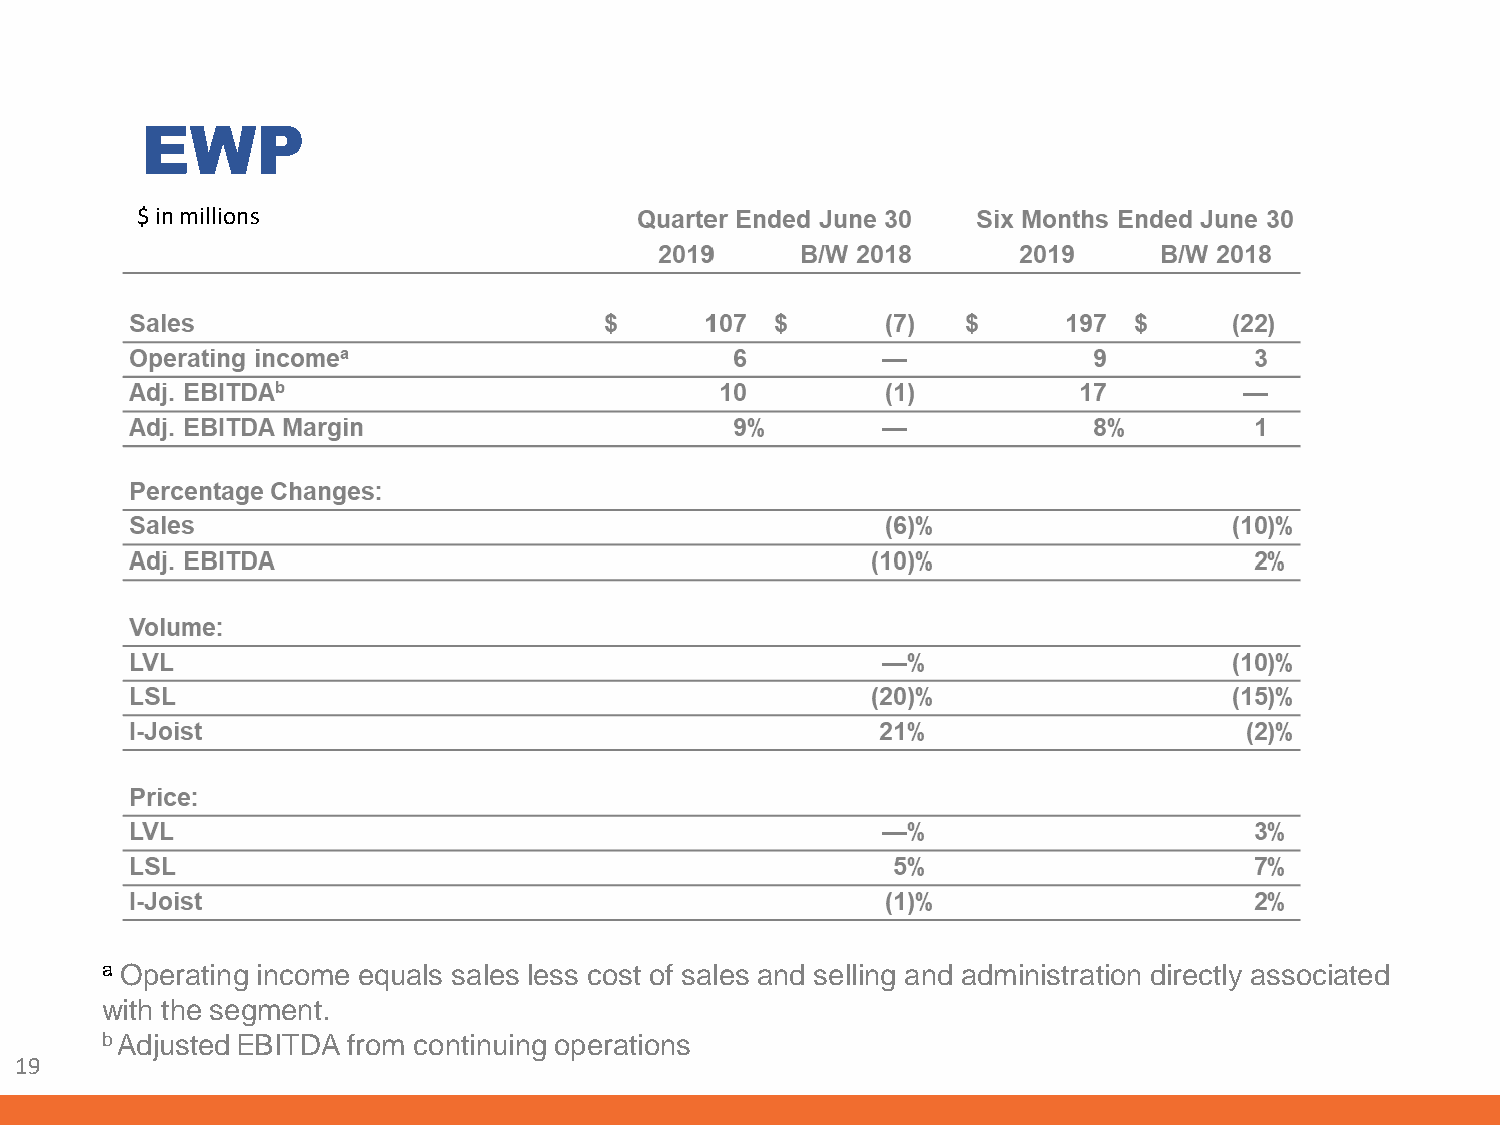
EWP
 $ in millions
 a Operating income equals sales less cost of sales and selling and administration directly associated
 with the segment.
 b AdjustedEBITDA from continuing operations
 19